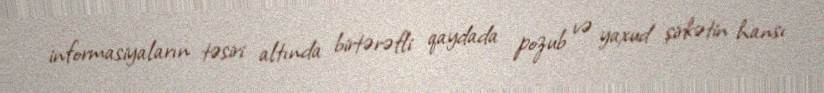
informasiyaların təsiri altında birtərəfli qaydada pozub və yaxud şirkətin hansı